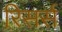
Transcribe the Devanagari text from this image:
रिसर्स